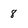
Character: 8